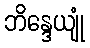
ဘိန္ဒေယျုံ